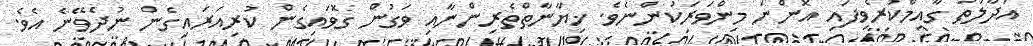
އަދާލަތު ގާއިމްކުރެވިފައި އޮންނަ މިންވަރަކުންނެވެ. ޚިޔާނާތްތެރިންނާއި ވަގުން ގޮވައިގެން ކުރިއަރައިގެން ނުދެވޭނެ އެވެ.